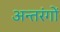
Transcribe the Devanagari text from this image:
अन्तरंगों